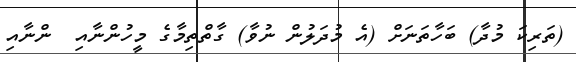
(ތަރިކަ މުދާ) ބަހާތަނަށް (އެ މުދަލުން ނުވާ) ގާތްތިމާގެ މީހުންނާއި  ންނާއި